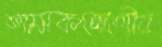
শাসকশ্রেণীর